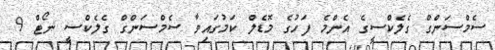
ސެމްސަންގް ގެލެކްސީގެ އެންމެ ފަހުގެ މޮޑެލް ކަމުގައިވާ ސެމްސަންގް ގެލެކްސީ ނޯޓް 9